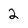
Character: 2